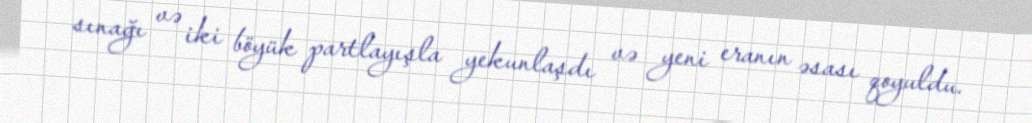
sınağı və iki böyük partlayışla yekunlaşdı və yeni eranın əsası qoyuldu.